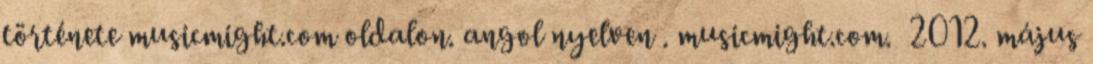
története musicmight.com oldalon. angol nyelven . musicmight.com. 2012. május